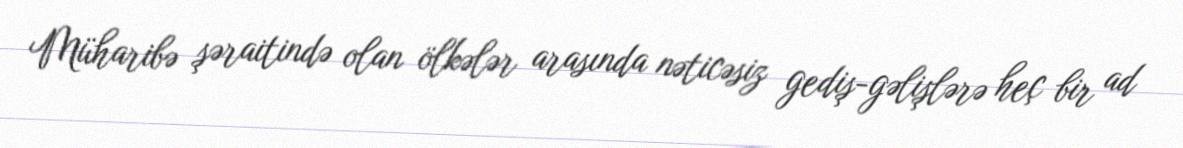
Müharibə şəraitində olan ölkələr arasında nəticəsiz gediş-gəlişlərə heç bir ad